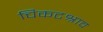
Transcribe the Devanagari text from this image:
चिकटश्राव